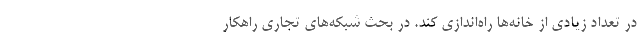
در تعداد زیادی از خانه‌ها راه‌اندازی کند. در بحث شبکه‌های تجاری راهکار